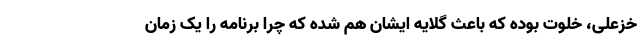
خزعلی، خلوت بوده که باعث گلایه ایشان هم شده که چرا برنامه را یک زمان